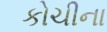
કોચીના